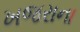
ખજરાના